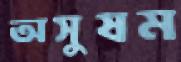
অসুষম